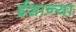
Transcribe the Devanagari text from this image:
ईशान्या